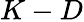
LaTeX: K-D